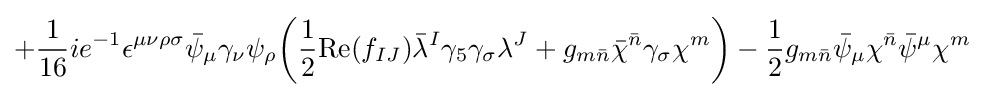
+{\frac {1}{16}}ie^{-1}\epsilon ^{\mu \nu \rho \sigma }{\bar {\psi }}_{\mu }\gamma _{\nu }\psi _{\rho }{\bigg (}{\frac {1}{2}}{\text{Re}}(f_{IJ}){\bar {\lambda }}^{I}\gamma _{5}\gamma _{\sigma }\lambda ^{J}+g_{m{\bar {n}}}{\bar {\chi }}^{\bar {n}}\gamma _{\sigma }\chi ^{m}{\bigg )}-{\frac {1}{2}}g_{m{\bar {n}}}{\bar {\psi }}_{\mu }\chi ^{\bar {n}}{\bar {\psi }}^{\mu }\chi ^{m}